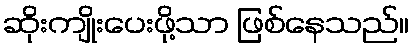
ဆိုးကျိုးပေးဖို့သာ ဖြစ်နေသည်။